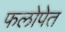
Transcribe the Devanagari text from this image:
फलोपेत